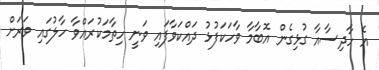
އެ ހާދިސާއާ ގުޅިގެން އޮބާމާ ވާހަކަފުޅު ދައްކަވާފައި ވަނީ ހިތާމަކުރައްވާ ހާލުގައި ވަރަށް